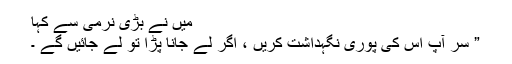
میں نے بڑی نرمی سے کہا
” سر آپ اس کی پوری نگہداشت کریں ، اگر لے جانا پڑا تو لے جائیں گے ۔